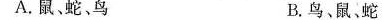
A.鼠、蛇、鸟 B.鸟、鼠蛇